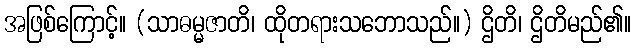
အဖြစ်ကြောင့်။ (သာဓမ္မဇာတိ၊ ထိုတရားသဘောသည်။) ဌိတိ၊ ဌိတိမည်၏။